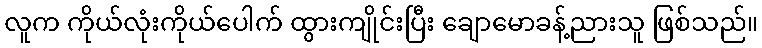
လူက ကိုယ်လုံးကိုယ်ပေါက် ထွားကျိုင်းပြီး ချောမောခန့်ညားသူ ဖြစ်သည်။